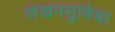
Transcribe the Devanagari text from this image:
लेखनसुविधा